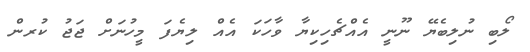
ލޯބި ނުލިބެޔޭ ނޫނީ އެއްޗެހިކިޔާ ވާހަކަ އެއް ލިޔެފަ މީހުނަށް ޖަޖު ކުރން